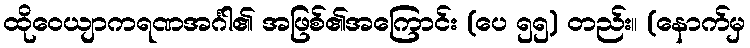
ထိုဝေယျာကရဏအင်္ဂါ၏ အဖြစ်၏အကြောင်း (ပေ ၅၅) တည်း။ (နောက်မှ